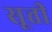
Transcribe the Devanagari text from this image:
सूत्ती